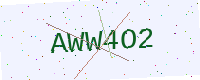
Text: AWW4O2